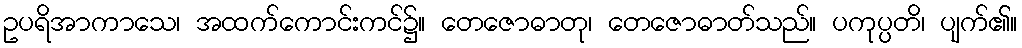
ဥပရိအာကာသေ၊ အထက်ကောင်းကင်၌။ တေဇောဓာတု၊ တေဇောဓာတ်သည်။ ပကုပ္ပတိ၊ ပျက်၏။